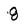
Character: 8